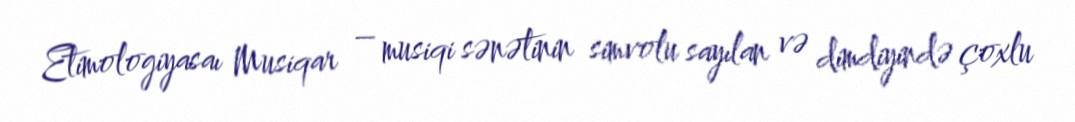
Etimologiyasaı Musiqar – musiqi sənətinin simvolu sayılan və dimdiyində çoxlu